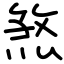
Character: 煞